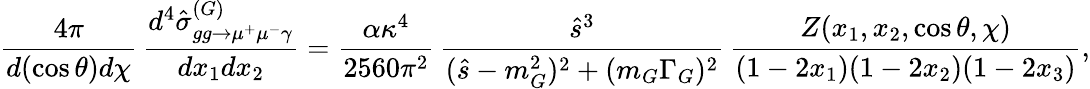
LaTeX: \frac{4\pi}{d(\cos\theta)d\chi}\, \frac{d^{4}\hat{\sigma}_{gg\to\mu^{+}\mu^{-}\gamma}^{(G)}}{dx_{1}dx_{2}}=\frac{\alpha\kappa^{4}}{2560\pi^{2}}\, \frac{\hat{s}^{3}}{(\hat{s}-m_{G}^{2})^{2}+(m_{G}\Gamma_{G})^{2}}\, \frac{Z(x_{1},x_{2},\cos\theta,\chi)}{(1-2x_{1})(1-2x_{2})(1-2x_{3})},